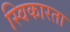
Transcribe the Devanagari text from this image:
स्विकारता